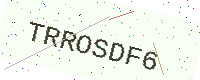
Text: TRROSDF6